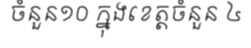
ចំនួន១០ ក្នុងខេត្តចំនួន ៤